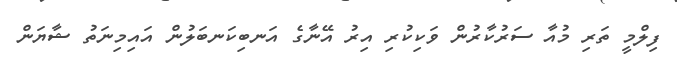
ފިލްމީ ތަރި މުއާ ސަރުކާރުން ވަކިކުރި އިރު އޭނާގެ އަނބިކަނބަލުން އައިމިނަތު ޝާޔަން